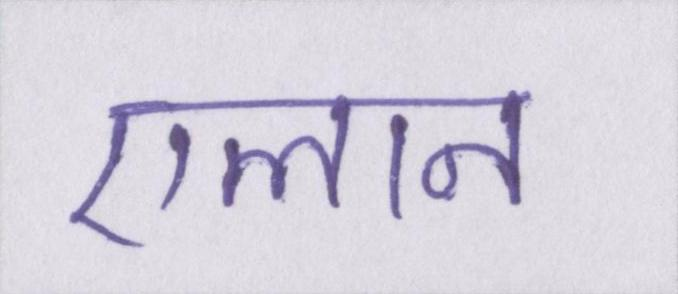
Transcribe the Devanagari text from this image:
एलान